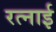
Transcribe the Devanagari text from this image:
रत्नाई